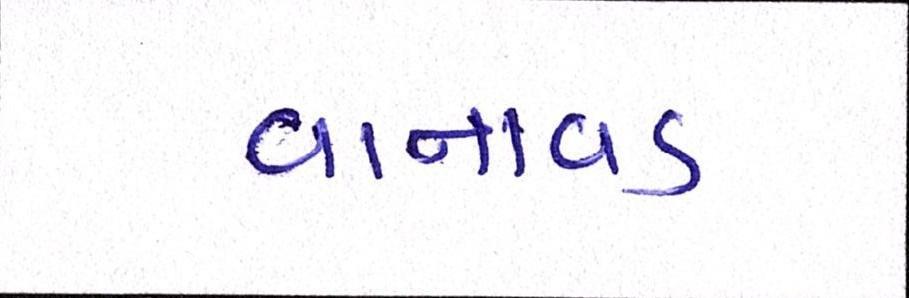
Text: વાનાવડ